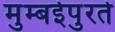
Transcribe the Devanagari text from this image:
मुम्बईपुरते